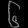
Digit: ၆